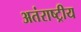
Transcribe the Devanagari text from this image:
अतंराष्ट्रीय